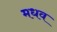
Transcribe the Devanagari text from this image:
मधव